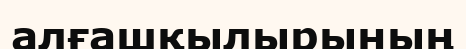
алғашқылырының